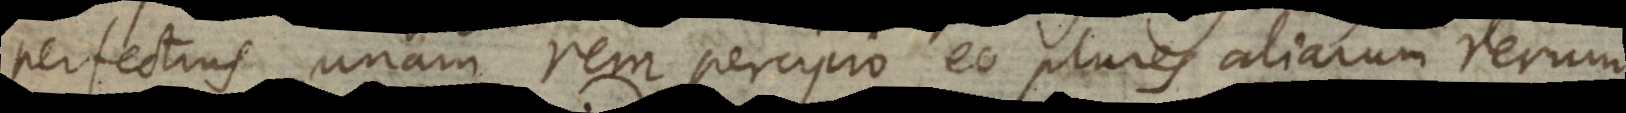
perfectius unam rem percipio, eo plures aliarum rerum